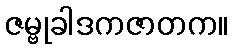
ဇမ္ဗုခါဒကဇာတက။